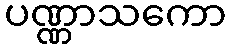
ပဏ္ဏာသကော